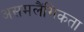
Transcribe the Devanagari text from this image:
असमलैंगिकता